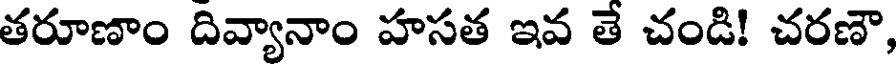
తరూణాం దివ్యానాం హసత ఇవ తే చండి! చరణౌ,